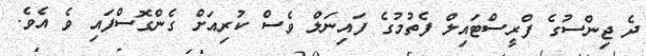
ދެ ޖިންސުގެ ފްރީސްޓައިލް ފެތުމުގެ ފައިނަލް ވެސް ކުރިއަށް ގެންގޮސްފައި ވެ އެވެ.